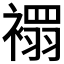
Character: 𧝁